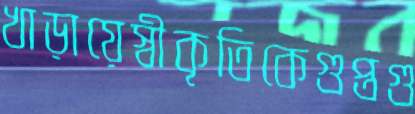
খাড়ায়েস্বীকৃতিকেগুপ্তগু